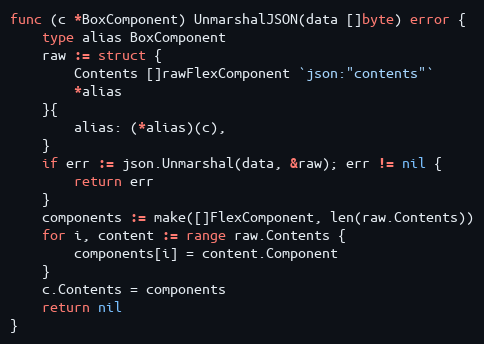
Language: Go
func (c *BoxComponent) UnmarshalJSON(data []byte) error {
	type alias BoxComponent
	raw := struct {
		Contents []rawFlexComponent `json:"contents"`
		*alias
	}{
		alias: (*alias)(c),
	}
	if err := json.Unmarshal(data, &raw); err != nil {
		return err
	}
	components := make([]FlexComponent, len(raw.Contents))
	for i, content := range raw.Contents {
		components[i] = content.Component
	}
	c.Contents = components
	return nil
}